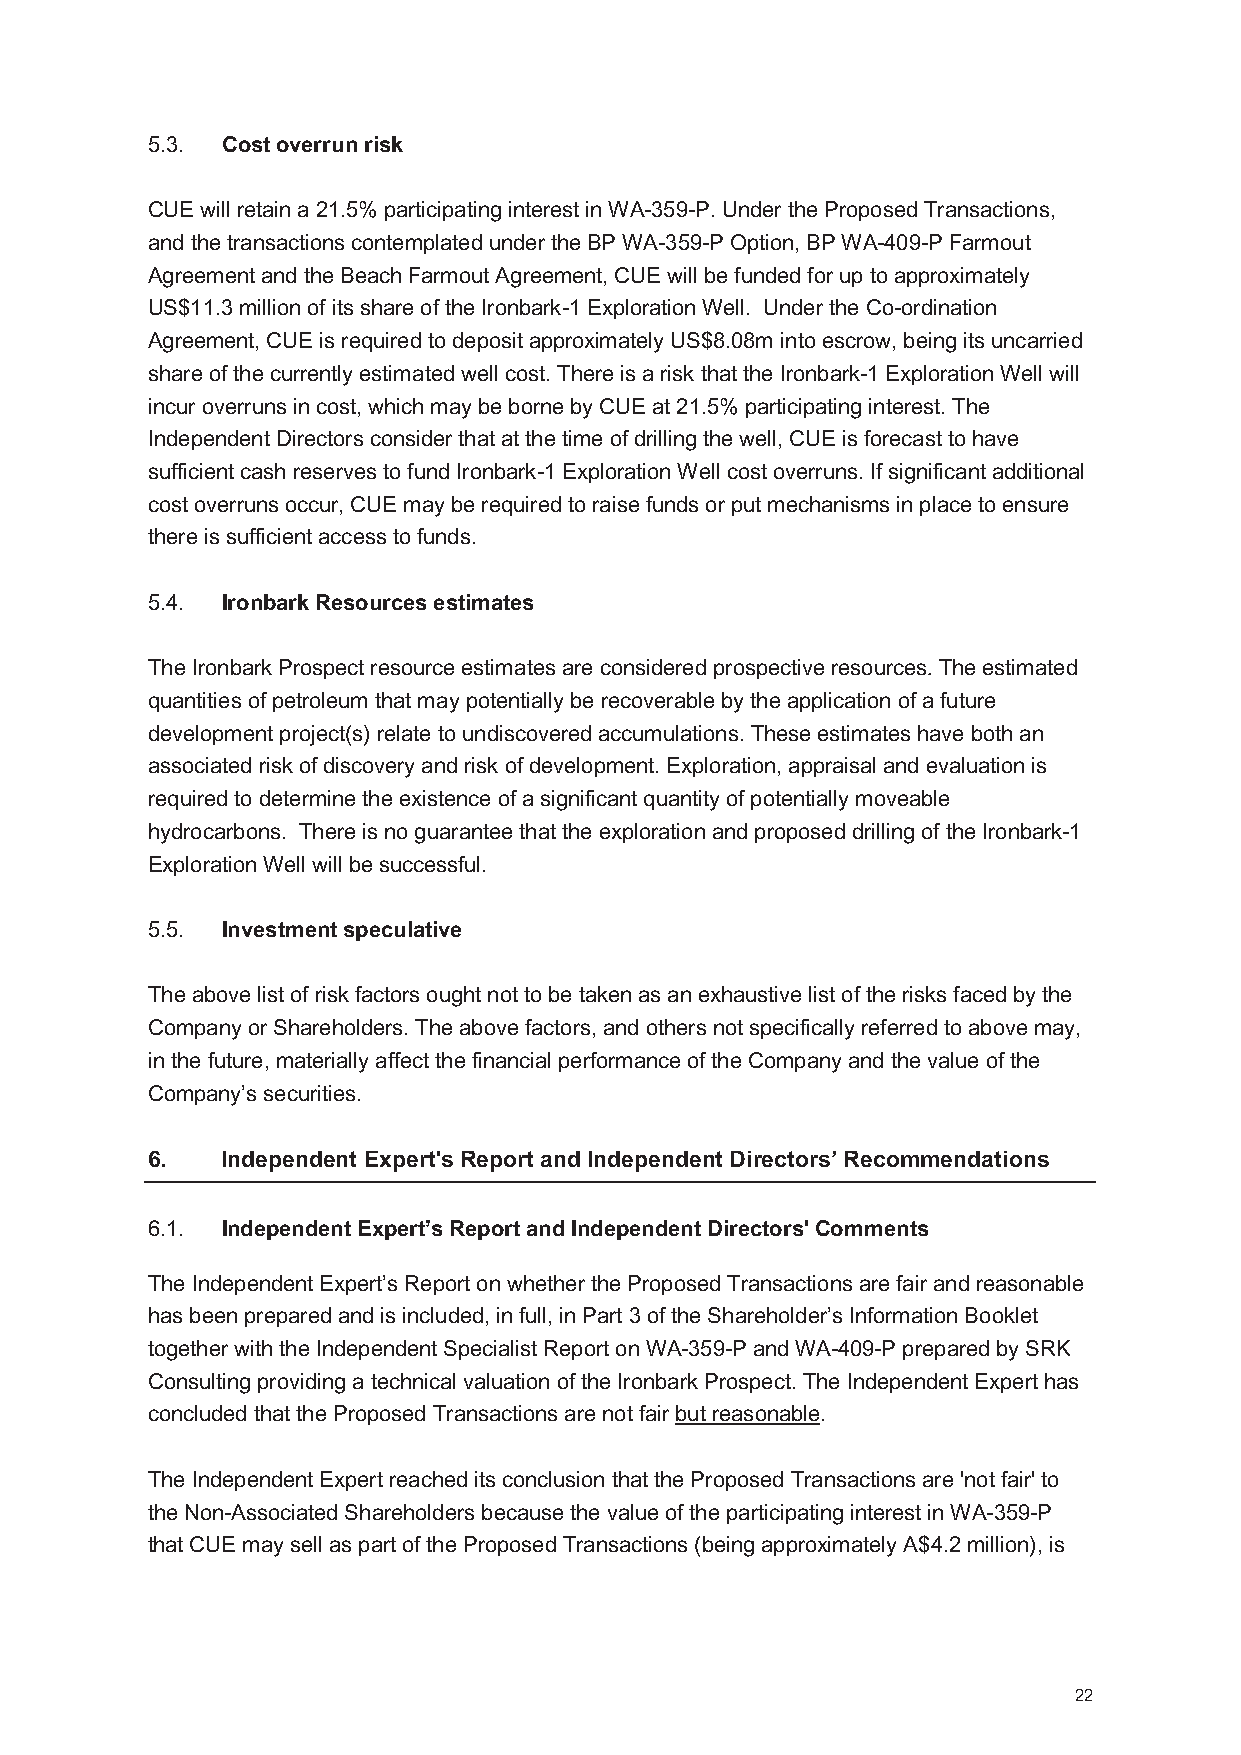
5.3. Cost overrun risk
 CUE will retain a 21.5% participating interest in WA-359-P. Under the Proposed Transactions,
 and the transactions contemplated under the BP WA-359-P Option, BP WA-409-P Farmout
 Agreement and the Beach Farmout Agreement, CUE will be funded for up to approximately
 US$11.3 million of its share of the Ironbark-1 Exploration Well. Under the Co-ordination
 Agreement, CUE isrequired to deposit approximately US$8.08m into escrow, being its uncarried
 share of the currently estimated well cost. There is a risk that the Ironbark-1 Exploration Well will
 incur overruns in cost, which may be borne by CUE at 21.5% participating interest. The
 Independent Directors consider that at the time of drilling the well, CUE is forecast to have
 sufficient cash reserves to fund Ironbark-1 Exploration Well cost overruns. If significant additional
 cost overruns occur, CUE may be required to raise funds or put mechanisms in place to ensure
 there is sufficient access to funds.
 5.4. Ironbark Resources estimates
 The Ironbark Prospect resource estimates are considered prospective resources.The estimated
 quantities of petroleum that may potentially be recoverable by the application of a future
 development project(s) relate to undiscovered accumulations. These estimates have both an
 associated risk of discovery and risk of development. Exploration, appraisal and evaluation is
 required to determine the existence of a significant quantity of potentially moveable
 hydrocarbons. There is no guarantee that the exploration and proposed drilling of the Ironbark-1
 Exploration Well will be successful.
 5.5. Investment speculative
 The above list of risk factors ought not to be taken as an exhaustive list of the risks faced by the
 Company or Shareholders. The above factors, and others not specifically referred to above may,
 in the future, materially affect the financial performance of the Company and the value of the
 Company’s securities.
 6.   Independent Expert's Report and Independent Directors’ Recommendations
 6.1. Independent Expert’s Report and Independent Directors' Comments
 The Independent Expert’s Report on whether the Proposed Transactions are fair and reasonable
 has been prepared and is included, in full, in Part 3 of the Shareholder’s Information Booklet
 together with the Independent Specialist Report on WA-359-P and WA-409-P prepared by SRK
 Consulting providing a technical valuation of the Ironbark Prospect. The Independent Expert has
 concluded that the Proposed Transactions are not fair but reasonable.
 The Independent Expert reached its conclusion that the Proposed Transactions are 'not fair' to
 the Non-Associated Shareholders because the value of the participating interest in WA-359-P
 that CUE may sell as part of the Proposed Transactions (being approximately A$4.2 million), is
 22